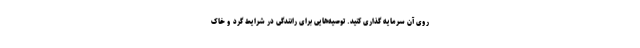
روی آن سرمایه گذاری کنید. توصیه‌هایی برای رانندگی در شرایط گرد و خاک